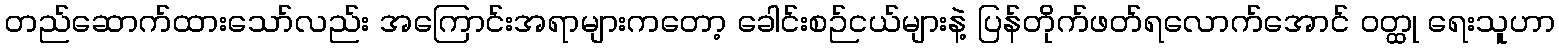
တည်ဆောက်ထားသော်လည်း အကြောင်းအရာများကတော့ ခေါင်းစဉ်ငယ်များနဲ့ ပြန်တိုက်ဖတ်ရလောက်အောင် ဝတ္ထု ရေးသူဟာ